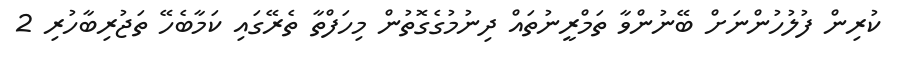
ކުރިން ފުލުހުންނަށް ބޭނުންވާ ތަމްރީނުތައް ދިނުމުގެގޮތުން މިހަފްތާ ތެރޭގައި ކަމާބެހޭ ތަޖުރިބާހުރި 2